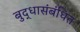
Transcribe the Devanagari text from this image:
बुद्धासंबंधित